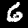
Digit: 6